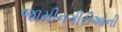
જામીનગીરીઓની